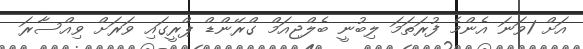
އަށް 1ވަނަ އެންމެ ފުރަތަމަ ލިބުނީ ބެލްޖިއަމް ގްރޭންޑް ޕްރީގައި ވަރަށް ވިއްސާރަ